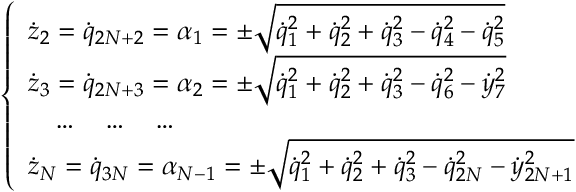
\left\{ \begin{array} { l } { { \dot { z } } _ { 2 } = { \dot { q } } _ { 2 N + 2 } = \alpha _ { 1 } = \pm \sqrt { { \dot { q } } _ { 1 } ^ { 2 } + { \dot { q } } _ { 2 } ^ { 2 } + { \dot { q } } _ { 3 } ^ { 2 } - { \dot { q } } _ { 4 } ^ { 2 } - { \dot { q } } _ { 5 } ^ { 2 } } } \\ { { \dot { z } } _ { 3 } = { \dot { q } } _ { 2 N + 3 } = \alpha _ { 2 } = \pm \sqrt { { \dot { q } } _ { 1 } ^ { 2 } + { \dot { q } } _ { 2 } ^ { 2 } + { \dot { q } } _ { 3 } ^ { 2 } - { \dot { q } } _ { 6 } ^ { 2 } - { \dot { y } } _ { 7 } ^ { 2 } } } \\ { \quad \dots \quad \dots \quad \dots } \\ { { \dot { z } } _ { N } = { \dot { q } } _ { 3 N } = \alpha _ { N - 1 } = \pm \sqrt { { \dot { q } } _ { 1 } ^ { 2 } + { \dot { q } } _ { 2 } ^ { 2 } + { \dot { q } } _ { 3 } ^ { 2 } - { \dot { q } } _ { 2 N } ^ { 2 } - { \dot { y } } _ { 2 N + 1 } ^ { 2 } } } \end{array} \right.